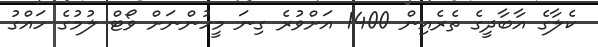
ކެލާގެ އާބާދީގެ ތެރެއިން 1400 އަށްވުރެ ގިނަ މީހުންނަށް ވޯޓް ލުމުގެ ހައްގު